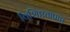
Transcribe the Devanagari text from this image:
विशिष्टताप्राप्त